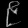
Digit: ၉